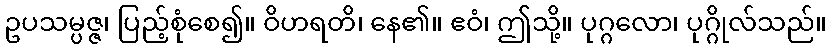
ဥပသမ္ပဇ္ဇ၊ ပြည့်စုံစေ၍။ ဝိဟရတိ၊ နေ၏။ ဧဝံ၊ ဤသို့။ ပုဂ္ဂလော၊ ပုဂ္ဂိုလ်သည်။